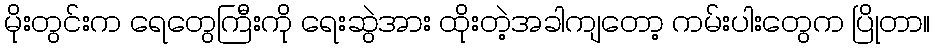
မိုးတွင်းက ရေတွေကြီးကို ရေးဆွဲအား ထိုးတဲ့အခါကျတော့ ကမ်းပါးတွေက ပြိုတာ။